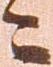
ニ